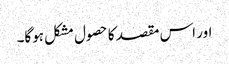
اور اس مقصد کا حصول مشکل ہوگا۔